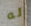
له